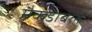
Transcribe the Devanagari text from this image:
मैकडाबेल